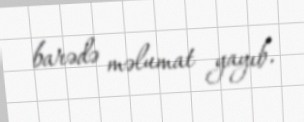
barədə məlumat yayıb.